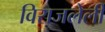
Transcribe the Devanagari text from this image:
विराजलेली